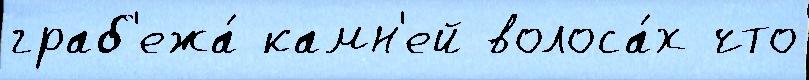
граб'ежа́ камн'ей волоса́х что